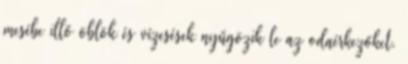
mesébe illő öblök és vízesések nyűgözik le az odaérkezőket.